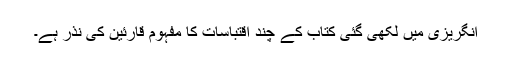
انگریزی میں لکھی گئی کتاب کے چند اقتباسات کا مفہوم قارئین کی نذر ہے۔